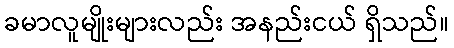
ခမာလူမျိုးများလည်း အနည်းငယ် ရှိသည်။